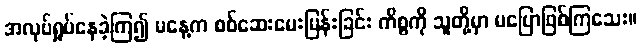
အလုပ်ရှုပ်နေခဲ့ကြ၍ မနေ့က စစ်ဆေးမေးမြန်းခြင်း ကိစ္စကို သူတို့မှာ မပြောဖြစ်ကြသေး။